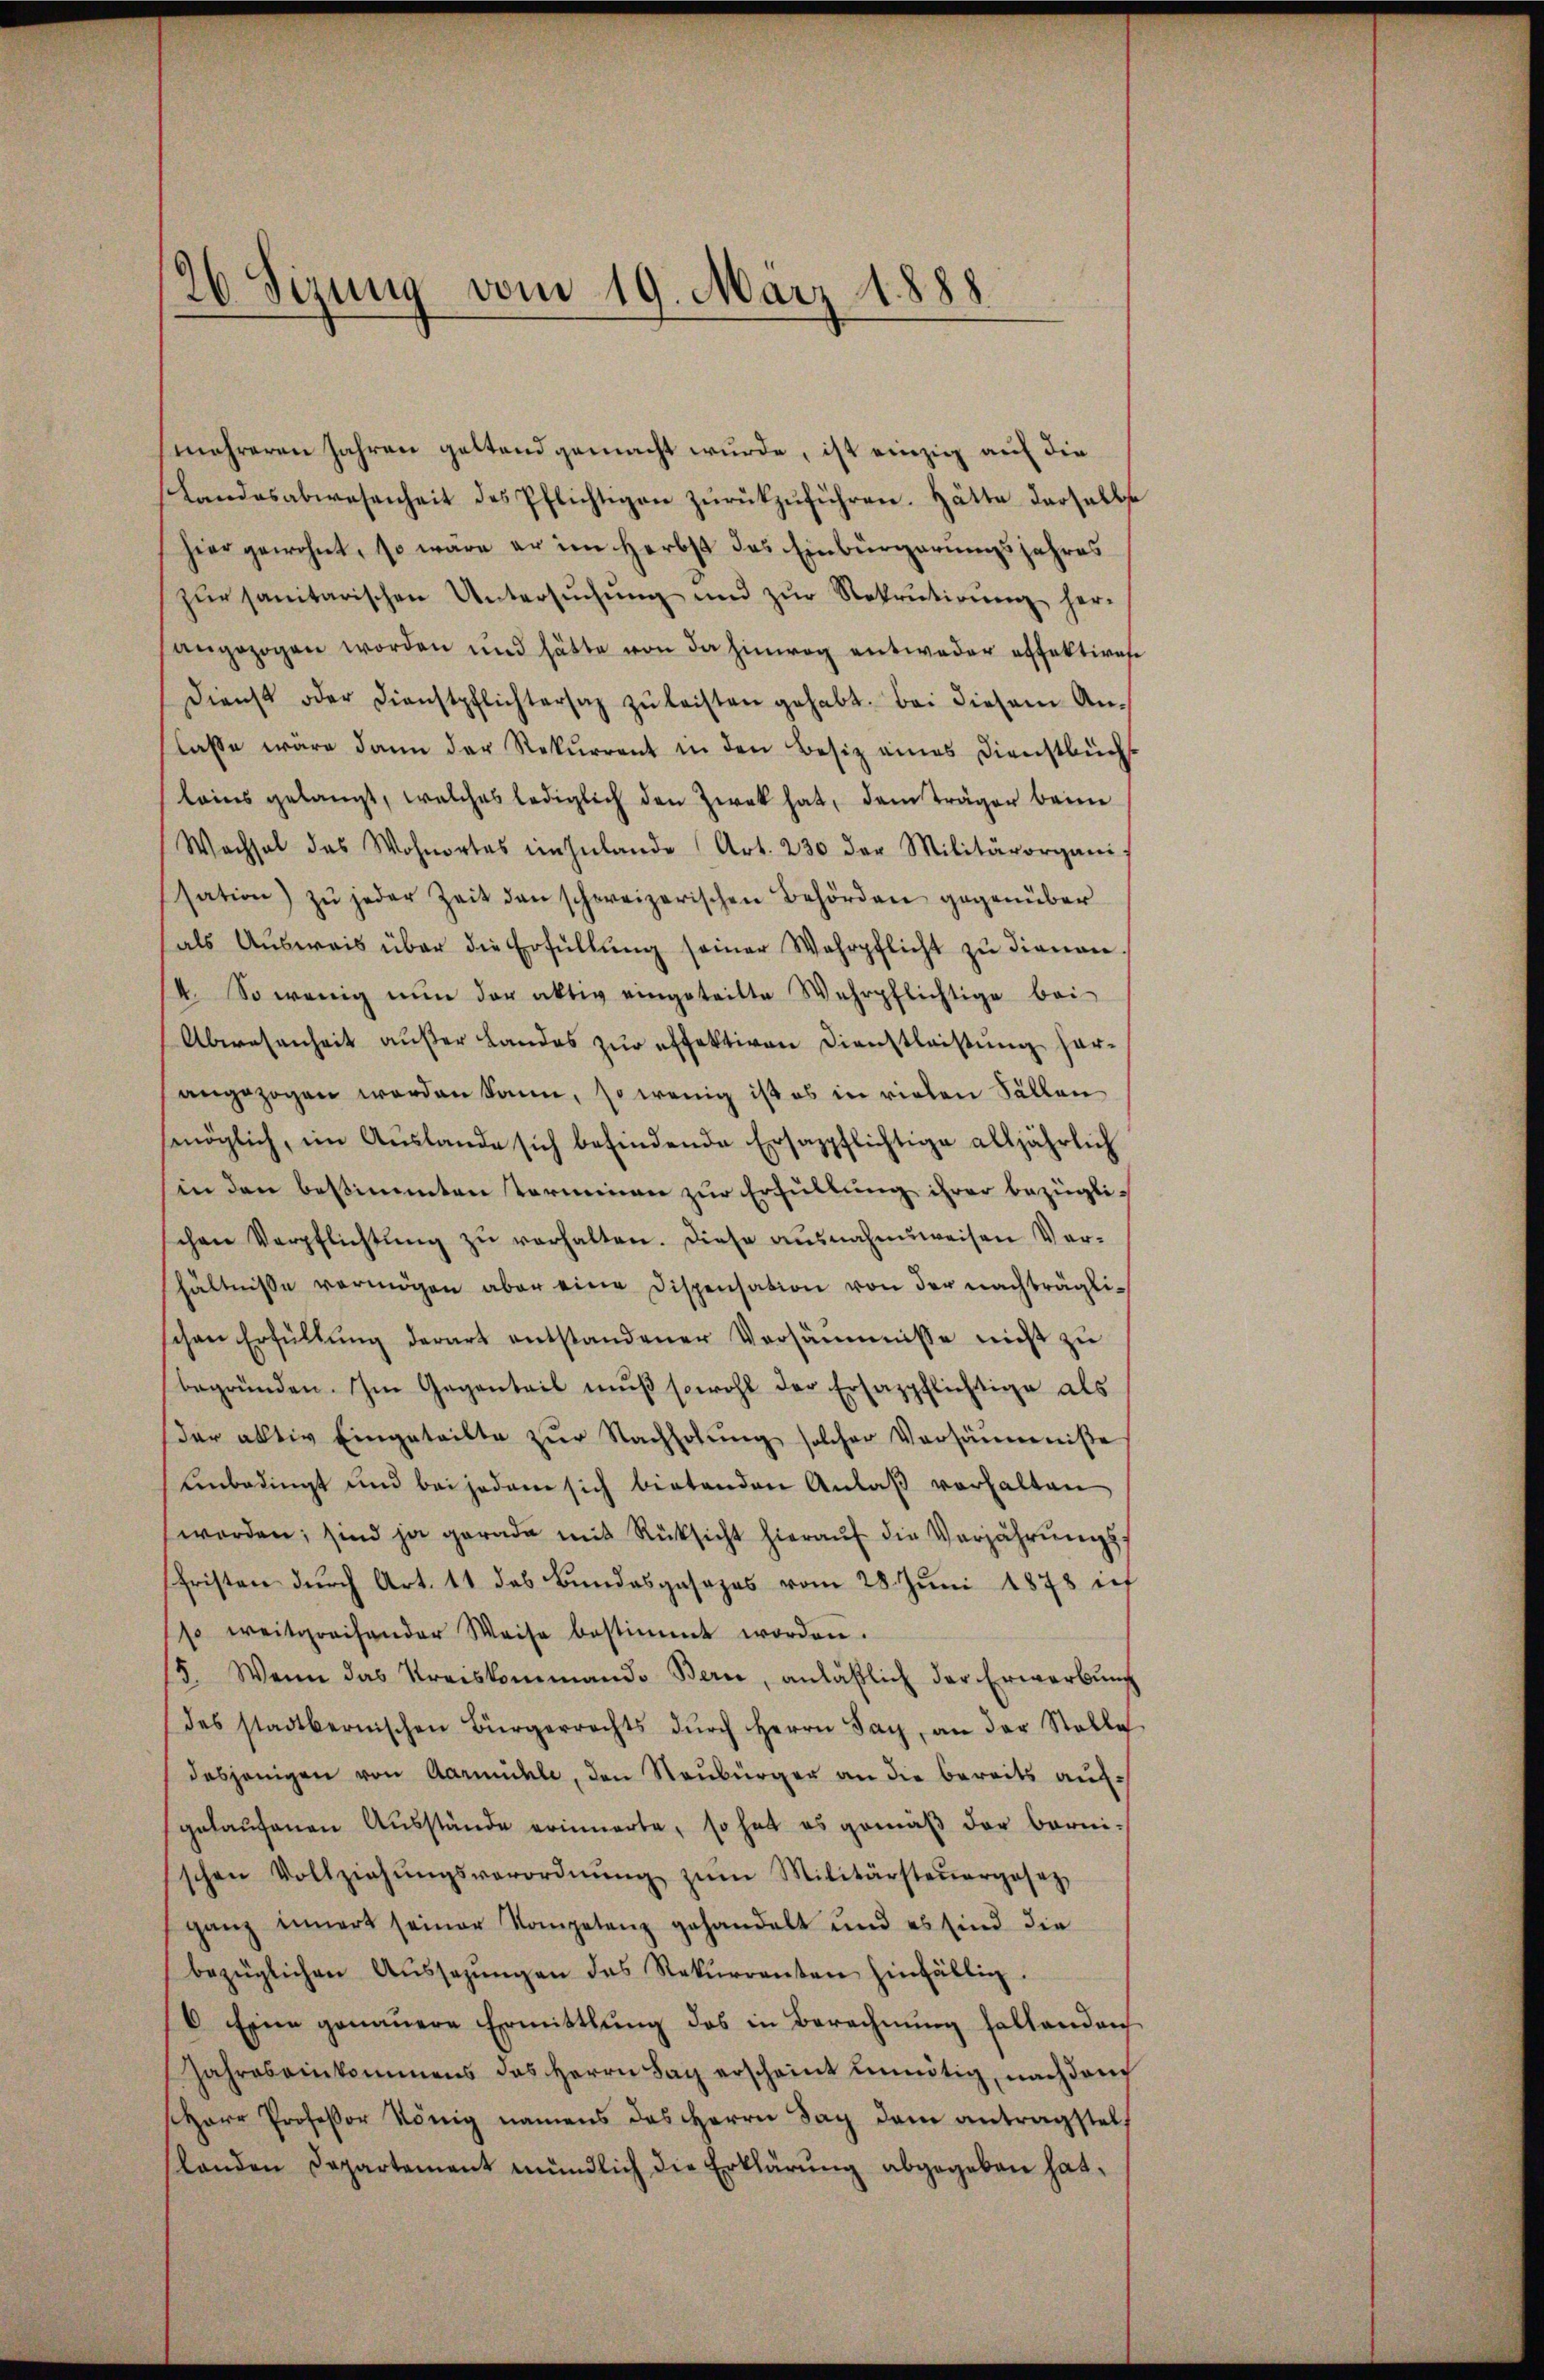
26 Sizung vom 19. März 1888.

mehreren Jahren geltend gemacht wurde, ist einzig auf die
Landesabwesenheit des Pflichtigen zurückzuführen. Hätte derselbst
hier gewohnt, so wäre er im Herbst das Einbürgerungsjahres
zŭr sanitarischen Untersŭchŭng und zŭr Rekrutirŭng her-
angezogen worden und hätte von da hinweg entweder offektirate
Dienst oder Dienstpflichtersatz zŭ leisten gehabt. Bei diesem An-
lasse wäre dann der Rekurrent in den Besiz eines Dienstbüchs
lains gelangt, welches lediglich den Zwek hat, dem träger beim
Wachsel das Wohnortes einzŭlande Art. 230 der Militärorgani
sation zŭ jeder Zeit den schweizerischen Behörden gegenüber
als Aŭsweis über die Erfüllŭng seiner Wahrpflicht zŭ dienen.
14. So wenig nun der aktiv eingeteilte Wehrpflichtige bei
Abwesenheit außer Landes zur effektiven Dienstleistung herangezogen werden kann, so wenig ist es in vielen Fällen
smöglich, im Aŭslande sich befindende Ersazpflichtige alljährlich
in den bestimmten Terminen zur Erfüllung ihrer bezügli-
chen Verpflichtŭng zŭ verhalten. Diese ausnahmsweisen Ver-
hältnisse vermögen aber eine Dispensation von der nachträglischen Erfüllŭng derart entstandener Versäumnisse nicht zu
begründen. Im Gegenteil mŭβ sowohl der Ersazpflichtige als
der aktiv eingeteilte zŭr Nachholŭng solcher Versäumniße
Unbedingt und bei jedem sich bietenden Anlaβ vorhalten
worden; sind ja gerade mit Rüksicht hieraŭf die Verjährŭngs-
Fristen dŭrch Art. 11 das Bundesgesezes vom 28. Juni 1878 ich
(so weitgreifender Weise bestimmt worden.
/5. Wenn das Kreiskommand. Bern, anläβlich der Erwerbŭng
des stadtbernischen Bürgerrechts dŭrch Herrn Sag, an der Stelle
dasjenigen von Aarmühle, den Raubürger an die bereits auf-
gelaŭfenen Aŭsstände erinnerte, so hat es gemäβ der berni-
schen Vollziehŭngsverordnŭng zŭm Militärsteŭergesez
ganz innert seiner Kompetenz gehandelt und es sind die
bezüglichen Aŭssagŭngen das Rekurrenten hinfällig.
6 Eine genauere Ermittlung des in Berechnŭng haltendanh
Jahres einkommens das Herrn Lag erscheint unnötig, nach dem
Herr Professor König namens das Herrn Tag dem antragstel
slanden Departement mündlich die Erklärŭng abgegeben hat,